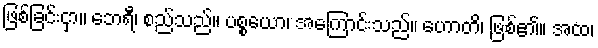
ဖြစ်ခြင်းငှာ။ ဘေရီ၊ စည်သည်။ ပစ္စယော၊ အကြောင်းသည်။ ဟောတိ၊ ဖြစ်၏။ အထ၊